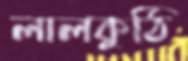
লালকুঠি